Report of the Indian Hemp Drugs Commission, 1894-1895 - Volume V
Year: 1894
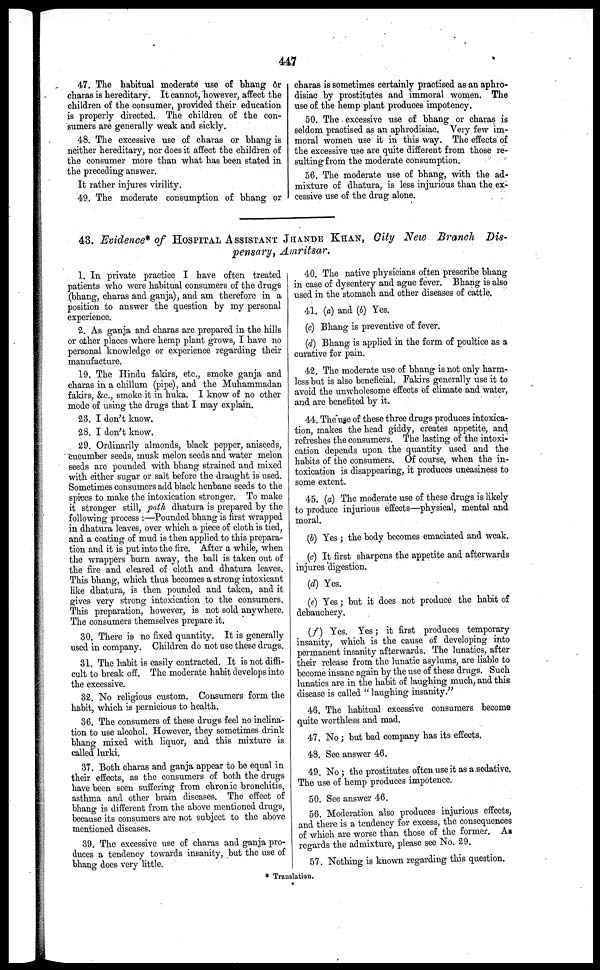
447
47. The habitual moderate use of bhang or
charas is hereditary. It cannot, however, affect the
children of the consumer, provided their education
is properly directed. The children of the con-
sumers are generally weak and sickly.
48. The excessive use of charas or bhang is
neither hereditary, nor does it affect the children of
the consumer more than what has been stated in
the preceding answer.
It rather injures virility.
49. The moderate consumption of bhang or
charas is sometimes certainly practised as an aphro-
disiac by prostitutes and immoral women. The
use of the hemp plant produces impotency.
50. The excessive use of bhang or charas is
seldom practised as an aphrodisiac. Very few im-
moral women use it in this way. The effects of
the excessive use are quite different from those re-
sulting from the moderate consumption.
56. The moderate use of bhang, with the ad-
mixture of dhatura, is less injurious than the ex-
cessive use of the drug alone.
43. Evidence* of HOSPITAL ASSISTANT JHANDE KHAN, City New Branch Dis-
pensary, Amritsar.
1. In private practice I have often treated
patients who were habitual consumers of the drugs
(bhang, charas and ganja), and am therefore in a
position to answer the question by my personal
experience.
2. As ganja and charas are prepared in the hills
or other places where hemp plant grows, I have no
personal knowledge or experience regarding their
manufacture.
19. The Hindu fakirs, etc., smoke ganja and
charas in a chillum (pipe), and the Muhammadan
fakirs, &c, smoke it in huka. I know of no other
mode of using the drugs that I may explain.
23. I don't know.
28. I don't know.
29. Ordinarily almonds, black pepper, aniseeds,
encumber seeds, musk melon seeds and water melon
seeds are pounded with bhang strained and mixed
with either sugar or salt before the draught is used.
Sometimes consumers add black henbane seeds to the
spices to make the intoxication stronger. To make
it stronger still, path dhatura is prepared by the
following process :—Pounded bhang is first wrapped
in dhatura leaves, over which a piece of cloth is tied,
and a coating of mud is then applied to this prepara-
tion and it is put into the fire. After a while, when
the wrappers burn away, the ball is taken out of
the fire and cleared of cloth and dhatura leaves.
This bhang, which thus becomes a strong intoxicant
like dhatura, is then pounded and taken, and it
gives very strong intoxication to the consumers.
This preparation, however, is not sold anywhere.
The consumers themselves prepare it.
30. There is no fixed quantity. It is generally
used in company. Children do not use these drugs.
31. The habit is easily contracted. It is not diffi-
cult to break off. The moderate habit develops into
the excessive.
32. No religious custom. Consumers form the
habit, which is pernicious to health.
36. The consumers of these drugs feel no inclina-
tion to use alcohol. However, they sometimes drink
bhang mixed with liquor, and this mixture is
called lurki.
37. Both charas and ganja appear to be equal in
their effects, as the consumers of both the drugs
have been seen suffering from chronic bronchitis,
asthma and other brain diseases. The effect of
bhang is different from the above mentioned drugs,
because its consumers are not subject to the above
mentioned diseases.
39. The excessive use of charas and ganja pro-
duces a tendency towards insanity, but the use of
bhang does very little.
40. The native physicians often prescribe bhang
in case of dysentery and ague fever. Bhang is also
used in the stomach and other diseases of cattle.
41. (a) and (b) Yes.
(c) Bhang is preventive of fever.
(d) Bhang is applied in the form of poultice as a
curative for pain.
42. The moderate use of bhang is not only harm-
less but is also beneficial. Fakirs generally use it to
avoid the unwholesome effects of climate and water,
and are benefited by it.
44. The use of these three drags produces intoxica-
tion, makes the head giddy, creates appetite, and
refreshes the consumers. The lasting of the intoxi-
cation depends upon the quantity used and the
habits of the consumers. Of course, when the in-
toxication is disappearing, it produces uneasiness to
some extent.
45. (a) The moderate use of these drugs is likely
to produce injurious effects—physical, mental and
moral.
(b) Yes ; the body becomes emaciated and weak.
(c) It first sharpens the appetite and afterwards
injures digestion.
(d) Yes.
(e) Yes ; but it does not produce the habit of
debauchery.
(f) Yes. Yes; it first produces temporary
insanity, which is the cause of developing into
permanent insanity afterwards. The lunatics, after
their release from the lunatic asylums, are liable to
become insane again by the use of these drugs. Such
lunatics are in the habit of laughing much, and this
disease is called " laughing insanity."
46. The habitual excessive consumers become
quite worthless and mad.
47. No ; but bad company has its effects.
48. See answer 46.
49. No ; the prostitutes often use it as a sedative.
The use of hemp produces impotence.
50. See answer 46.
56. Moderation also produces injurious effects,
and there is a tendency for excess, the consequences
of which are worse than those of the former. As
regards the admixture, please see No. 29.
57. Nothing is known regarding this question.
* Trauslation.